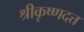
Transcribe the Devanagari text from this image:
श्रीकृष्णदत्त